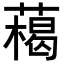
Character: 𦼰